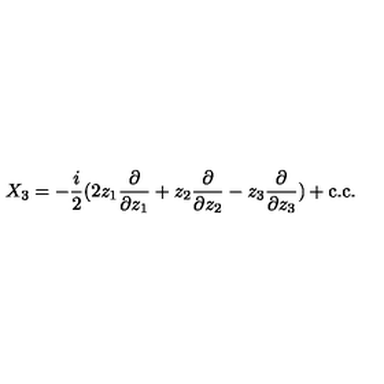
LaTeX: X _ { 3 } = - \frac { i } { 2 } ( 2 z _ { 1 } \frac { \partial } { \partial z _ { 1 } } + z _ { 2 } \frac { \partial } { \partial z _ { 2 } } - z _ { 3 } \frac { \partial } { \partial z _ { 3 } } ) + \mathrm { c . c } .